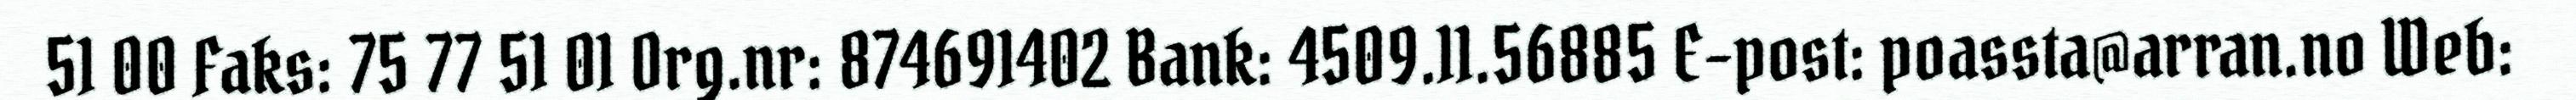
51 00 Faks: 75 77 51 01 Org.nr: 874691402 Bank: 4509.11.56885 E-post: poassta@arran.no Web: